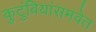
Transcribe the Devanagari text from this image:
कुटुंबियांसमवेत